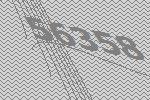
56358